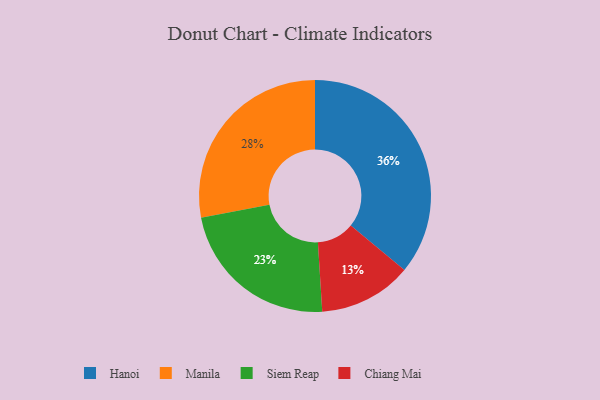
{"axis": {"x": "Category", "y": "Percentage"}, "legend": ["Chiang Mai", "Hanoi", "Manila", "Siem Reap"], "data": [{"x": "Hanoi", "y": 36, "type": "Hanoi"}, {"x": "Manila", "y": 28, "type": "Manila"}, {"x": "Siem Reap", "y": 23, "type": "Siem Reap"}, {"x": "Chiang Mai", "y": 13, "type": "Chiang Mai"}]}